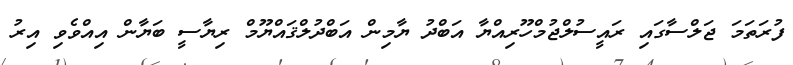
ފުރަތަމަ ޖަލްސާގައި ރައީސުލްޖުމްހޫރިއްޔާ އަބްދު ޔާމިން އަބްދުލްޤައްޔޫމް ރިޔާސީ ބަޔާން އިއްވެވި އިރު